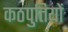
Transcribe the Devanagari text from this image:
कठपुतियों